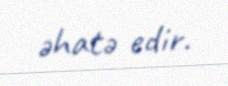
əhatə edir.